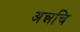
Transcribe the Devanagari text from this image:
अन्नचि